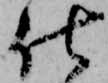
仕